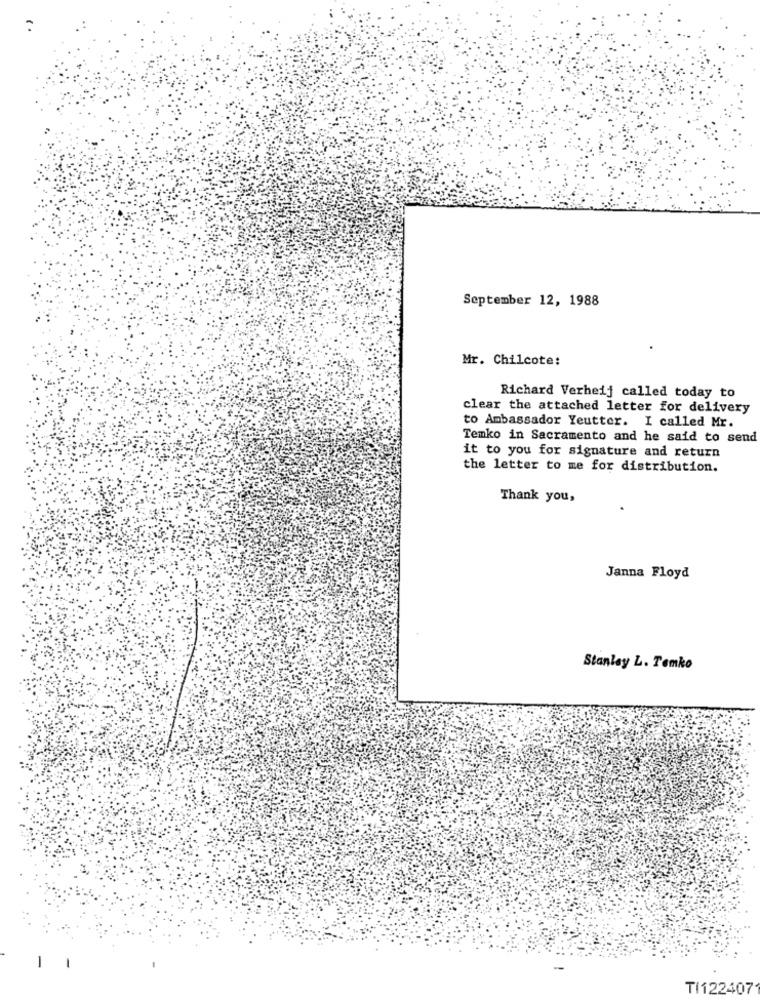
September 12, 1988
Mr. Chilcote:
Richard Verheij called today to
clear the attached letter for delivery
to Ambassador Yeutter. I called Mr.
Temko in Sacramento and he said to send
it to you for signature and return
the letter to me for distribution.
Thank you,
Janna Floyd
Stanley L. Temko
TI122407